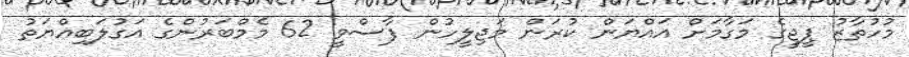
މުހުތާޒު ޕީޖީގެ މަގާމަށް އައްޔަން ކުރަން މަޖިލީހުން ފާސްވީ 62 މެމްބަރުންގެ އަގުލަބިއްޔަތު